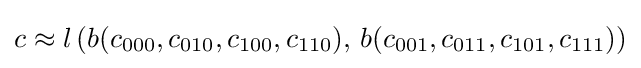
c\approx l\left(b(c_{000},c_{010},c_{100},c_{110}),\,b(c_{001},c_{011},c_{101},c_{111})\right)